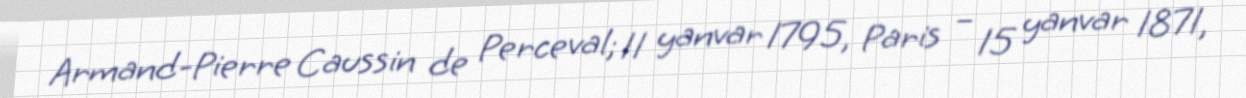
Armand-Pierre Caussin de Perceval; 11 yanvar 1795, Paris – 15 yanvar 1871,